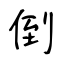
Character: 倒